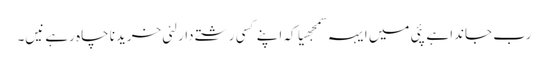
رب جاندا ہے پئی میں ایہہ سمجھیا کہ اپنے کسی رشتے دار لئی خریدنا چاہ رہے نیں۔